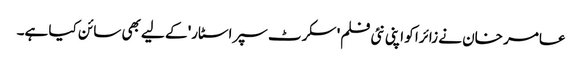
عامر خان نے زائرا کو اپنی نئی فلم' سکرٹ سپراسٹار' کے لیے بھی سائن کیا ہے۔